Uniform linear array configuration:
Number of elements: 32
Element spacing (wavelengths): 1
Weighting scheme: blackman
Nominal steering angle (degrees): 0
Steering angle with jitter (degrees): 0.2246
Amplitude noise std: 0.05
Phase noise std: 0.05

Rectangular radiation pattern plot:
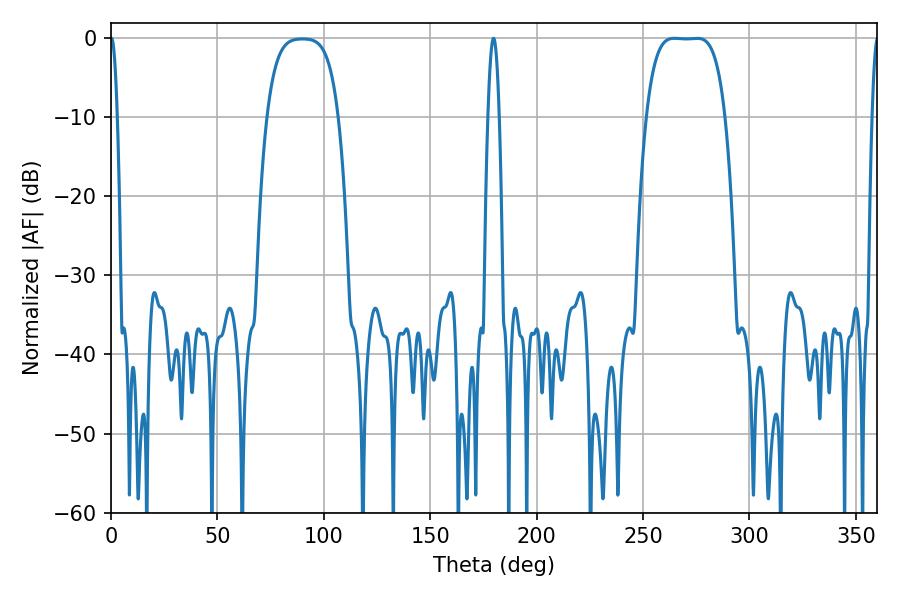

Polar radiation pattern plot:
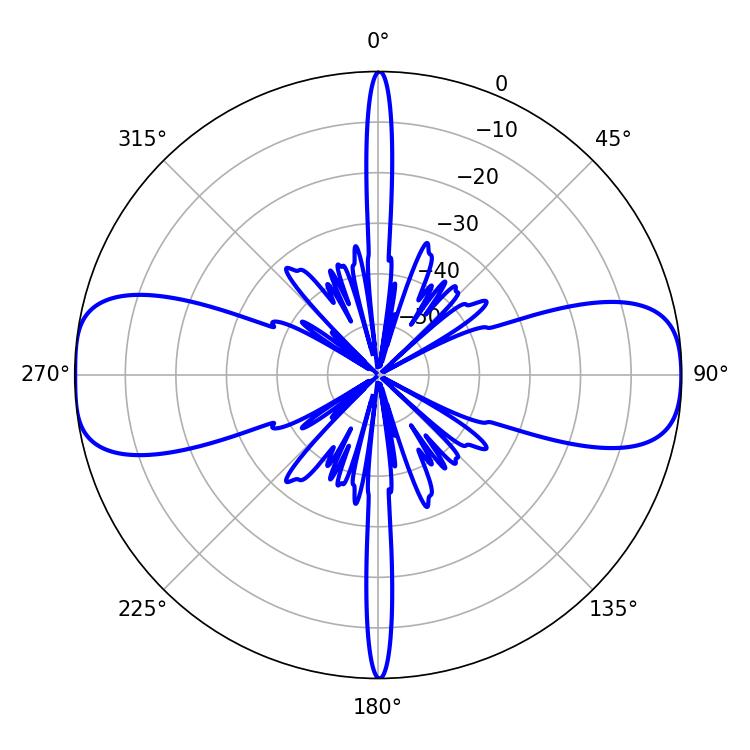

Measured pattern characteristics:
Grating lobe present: TRUE
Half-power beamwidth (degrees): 28.44
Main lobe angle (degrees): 264.6